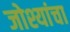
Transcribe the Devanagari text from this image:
जोश्यांचा